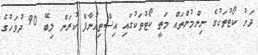
ދަށު ކޯޓުތަކުގެ ނިންމުންތައް މަތީ ކޯޓުތަކުގައި އިސްތިއުނާފް ކުރަން ލިބޭ 90 ދުވަހުގެ